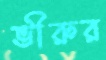
ভীরুর